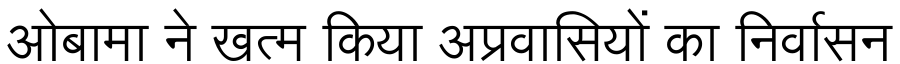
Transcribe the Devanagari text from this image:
ओबामा ने खत्म किया अप्रवासियों का निर्वासन